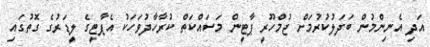
އަދި އެނިންމުން ބަދަލުކުރުމަށް ޖުމްހޫރީ ޕާޓީން މަސައްކަތް ކުރާހާދުވަހަކު އެޕާޓީގެ ލީޑަރުގެ ގޮތުގައި